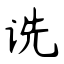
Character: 诜